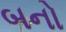
બનો